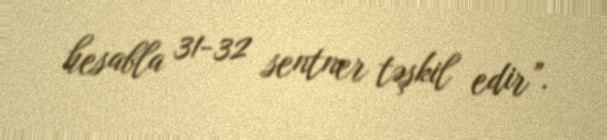
hesabla 31-32 sentner təşkil edir”.